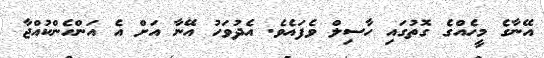
އޭނާގެ މީހެއްގެ ގޮތުގައި ހާސިލް ވެފައެވެ. އެދުވަހު އޭނާ އަށް އެ އަންހެންކުއްޖާ